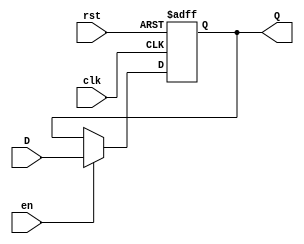
module InputRegister #(
    parameter WIDTH = 8  // Parameter to define the width of the register
)(
    input wire clk,       // Clock signal
    input wire rst,       // Reset signal (active high)
    input wire en,        // Enable signal (active high)
    input wire [WIDTH-1:0] D, // Data input
    output reg [WIDTH-1:0] Q  // Data output
);

// Sequential logic for the Input Register
always @(posedge clk or posedge rst) begin
    if (rst) begin
        Q <= {WIDTH{1'b0}}; // Asynchronous reset: clear the register
    end else if (en) begin
        Q <= D;             // Capture input data on enable signal
    end
    // If rst is not active and en is not active, Q retains its value
end

endmodule